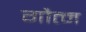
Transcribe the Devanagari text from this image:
गौत्म